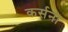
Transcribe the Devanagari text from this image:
कर्सना